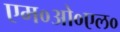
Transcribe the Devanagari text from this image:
एम०ओ०एल०